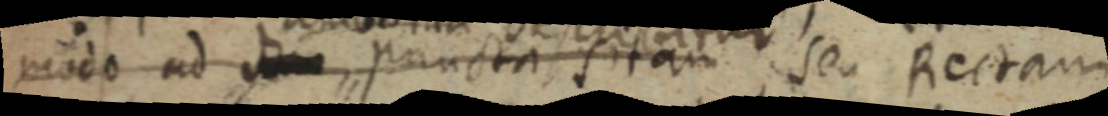
modo ad d_ puncta sitam, seu Rectam